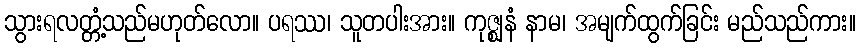
သွားရလတ္တံ့သည်မဟုတ်လော။ ပရဿ၊ သူတပါးအား။ ကုဇ္ဈနံ နာမ၊ အမျက်ထွက်ခြင်း မည်သည်ကား။